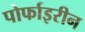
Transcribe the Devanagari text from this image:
पोर्फाइरीन